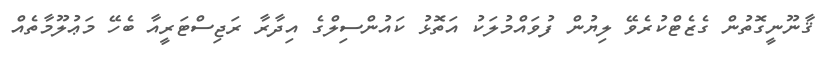
ޤާނޫނީގޮތުން ގެޒެޓްކުރެވޭ ލިޔުން ފުވައްމުލަކު އަތޮޅު ކައުންސިލްގެ އިދާރާ ރަޖިސްޓަރީއާ ބެހޭ މަޢުލޫމާތެއް